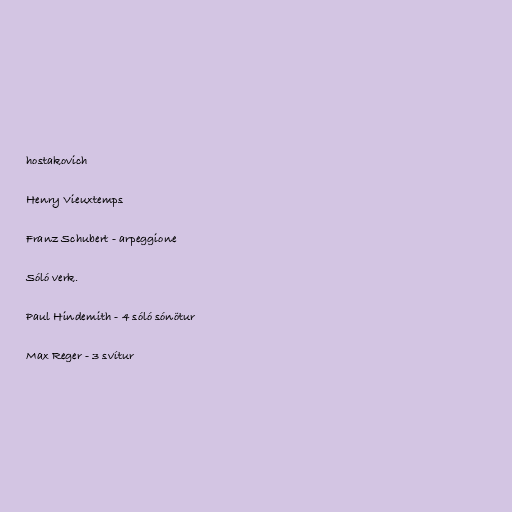
hostakovich

Henry Vieuxtemps

Franz Schubert - arpeggione

Sóló verk.

Paul Hindemith - 4 sóló sónötur

Max Reger - 3 svítur